Rasina_vallavalitsus, lk 46
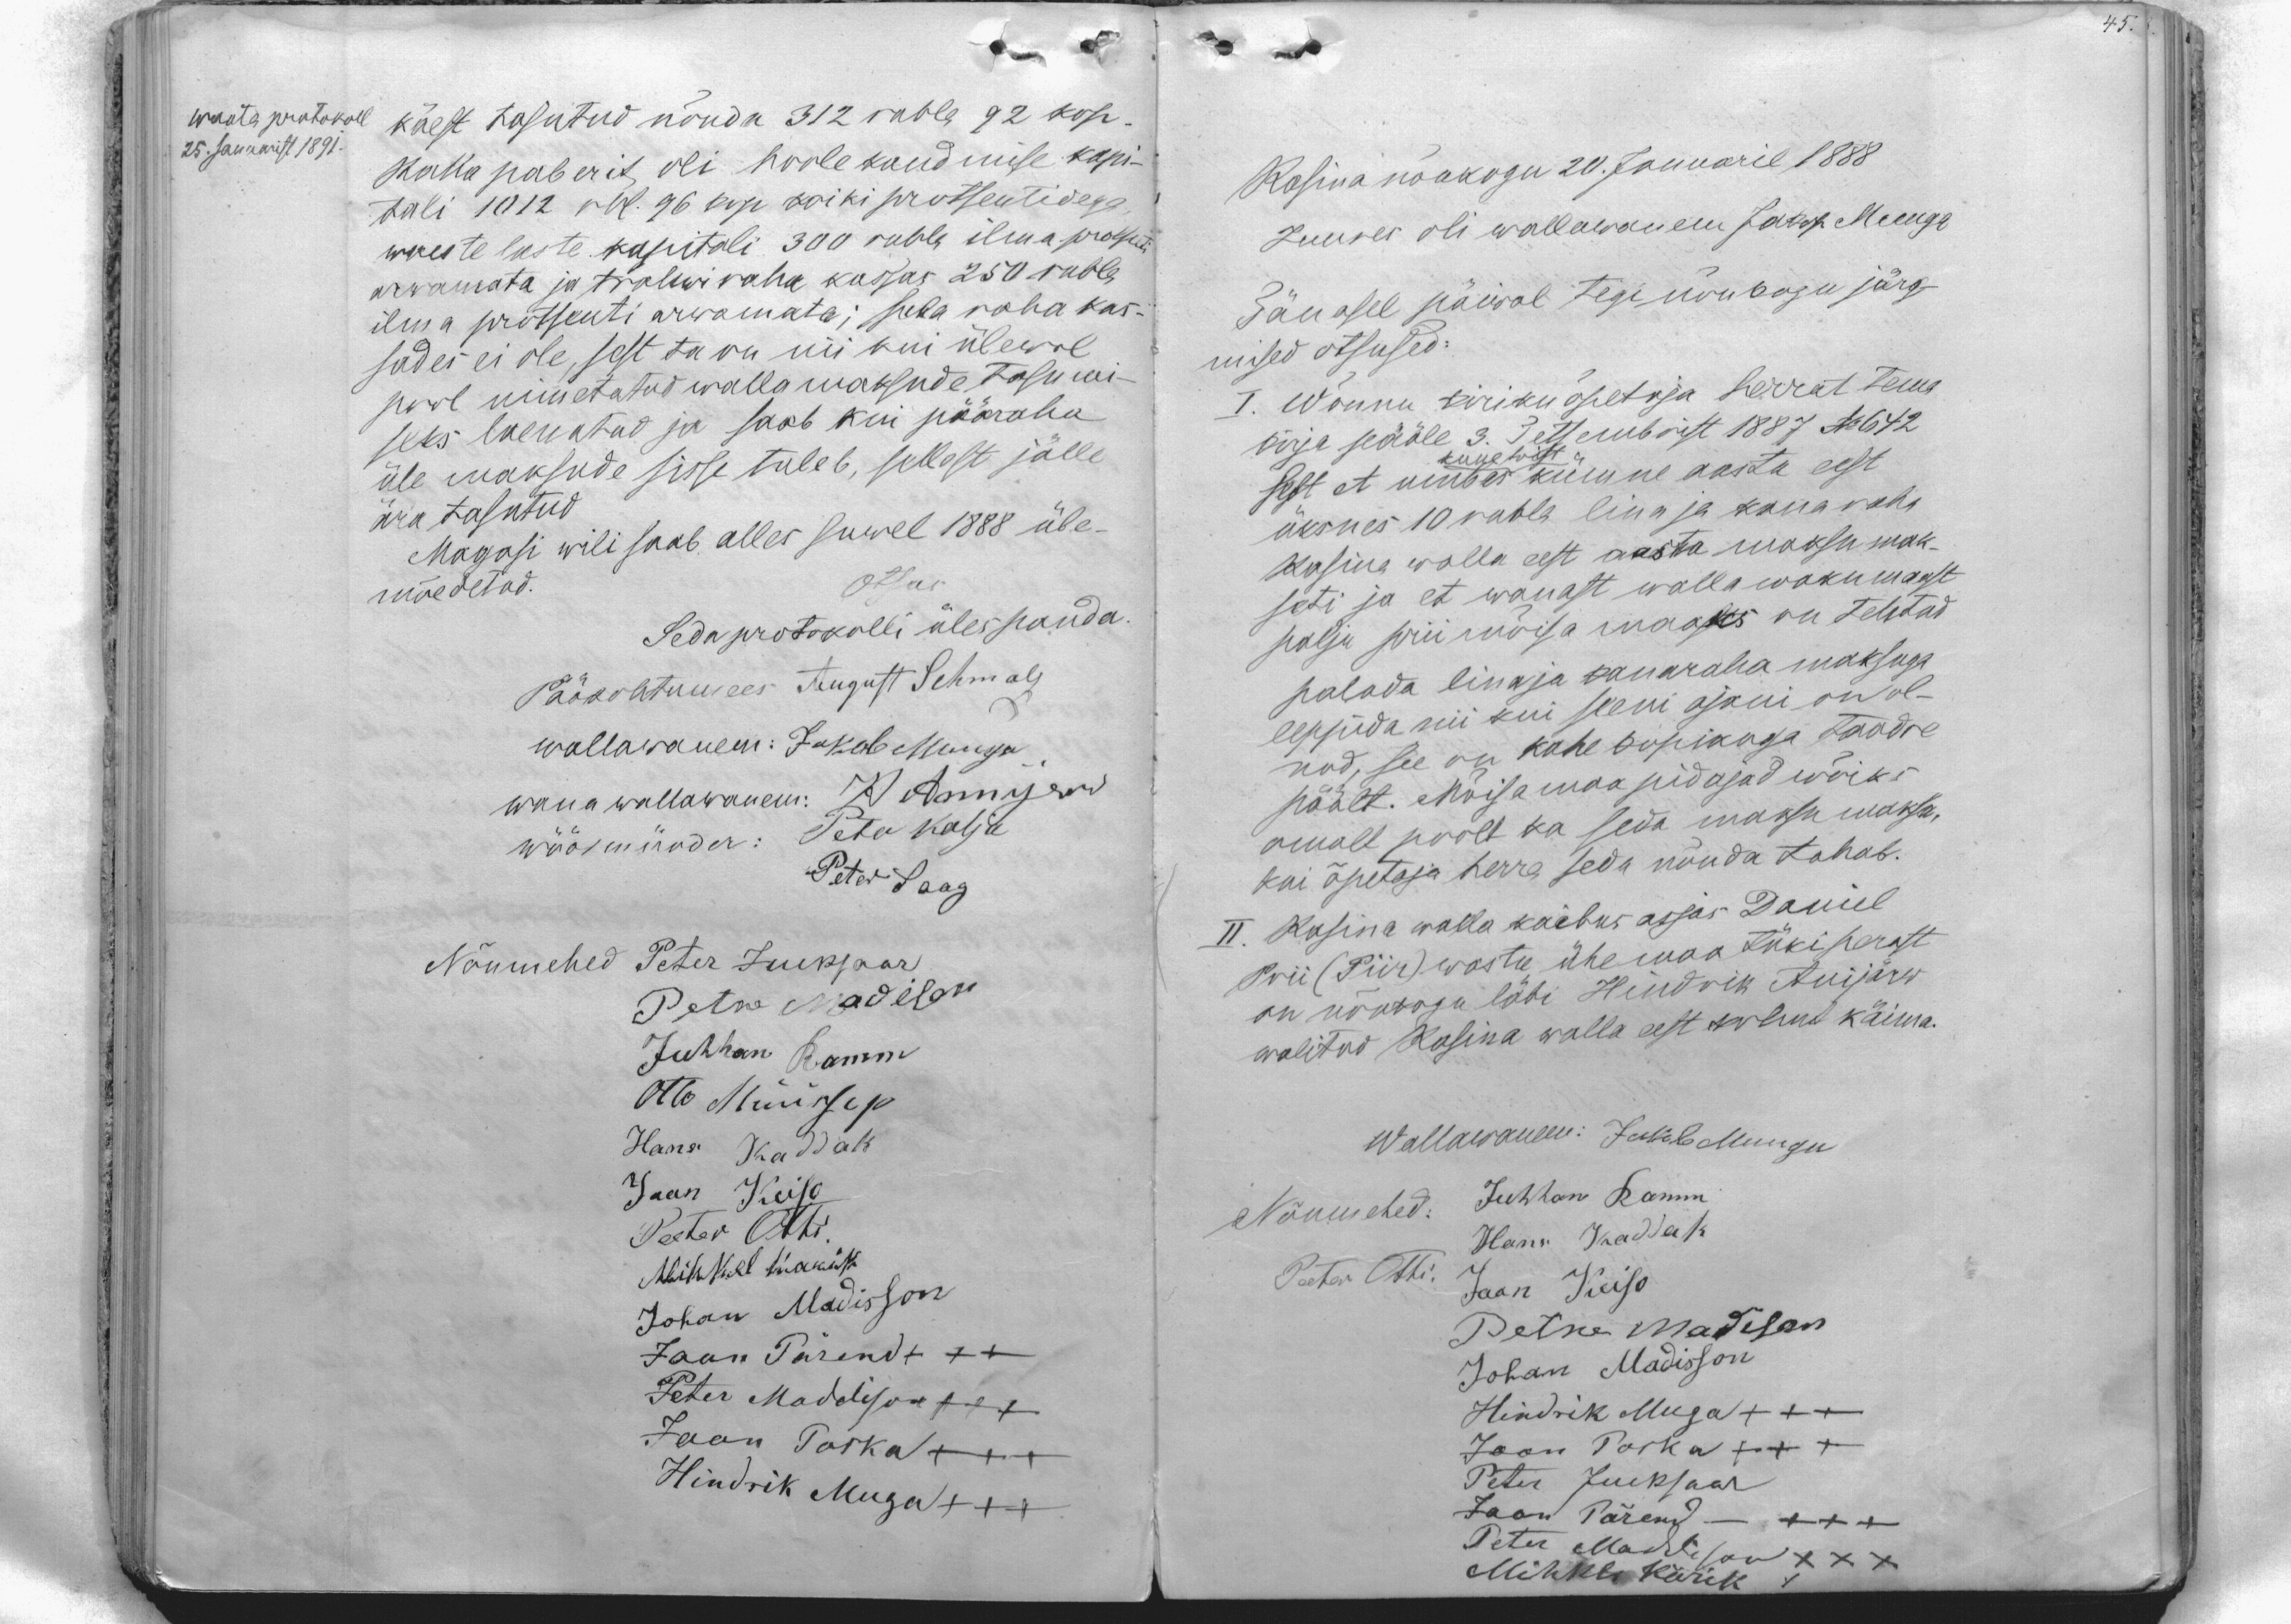
45.

käest tasutud nõuda 312 rubla 92 kop.
Walla paberit oli hoolekandmise kapi-
tali 1012 rbl. 96 kop koiki protsentidega
waeste laste kapitali 300 rubla ilma protsenti
arwamata ja trahwi raha kassas 250 rubla
ilma protsenti arwamata; seda raha kas-
sades ei ole, sest ta on nii kui ülewal
pool nimetatud walla maksude tasumi-
seks laenatud ja saab kui pääraha
üle maksude sisse tuleb, sellest jälle
ära tasutud
Magasi wili saab alles suwel 1888 üle-
mõedetud.
Otsus
Seda protokolli ülespanda.
Pääkohtumees August Schmalz
wallawanem: Jakob Muuga
wana wallawanem: H Annijerw
wöörmünder: Peter Kalju
Peter Saag
Nõumehed Peter Jueksaar
Petre Madison
Juhhan Ramm
Otto Müürsep
Hans Kaddak
Jaan Keiso
Peeter Otti.
Mihkel Karik
Johan Madisson
Jaan Pärend +++
Peter Maddison +++
Jaan Poska +++
Hindrik Muga +++

waata protokoll
25. Januarist 1891.

Rasina nõukogu 20. Januaril 1888.
Juures oli wallawanem Jakop Muuga
Tänasel päiwal tegi nõukogu järg-
mised otsused:
I. Wõnnu kirikuõpetaja herrat tema
kirja pääle 3. Tetsembrist 1887 No 642
sest et umbes kümne aasta eest
kuueteist
üksnes 10 rubla lina ja kana raha
Rasina walla eest aasta maksu mak-
seti ja et wanast walla wakumaast
palju priimõisa maaks on tehtud
paluda lina ja kanaraha maksuga
leppida nii kui seeni ajani on ol-
nud, see on kahe kopikuga taadre
päält. Mõisamaa pidajad wõiks
omalt poolt ka seda maksu maksa,
kui õpetaja herra seda nõnda tahab.
II. Rasina walla kaebus asjas Daniel
Prii (Piir) wastu ühemaa tüki perast
on nõukogu läbi Hindrik Anijärw
walitud Rasina walla eest kohut käima.
Wallawanem: Jakob Muugu
Nõumehed: Juhhan Ramm
Hans Kaddak
Peeter Otti.
Jaan Keiso
Petre Madison
Johan Madisson
Hindrik Muga +++
Jaan Poska +++
Peter Jueksaar
Jaan Pärend - +++
Peter Maddison XXX
Mihkle Kärik